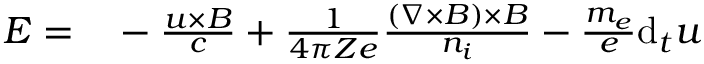
\begin{array} { r l } { \boldsymbol { E } = } & { { } - \frac { \boldsymbol { u } \times \boldsymbol { B } } { c } + \frac { 1 } { 4 \pi Z e } \frac { ( \nabla \times \boldsymbol { B } ) \times \boldsymbol { B } } { n _ { i } } - \frac { m _ { e } } { e } \mathrm { d } _ { t } \boldsymbol { u } } \end{array}